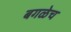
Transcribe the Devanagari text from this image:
बगळेच